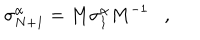
\sigma _ { N + 1 } ^ { \alpha } = M \sigma _ { 1 } ^ { \alpha } M ^ { - 1 } ,